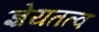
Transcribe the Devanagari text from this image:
ज्ञेयतत्व